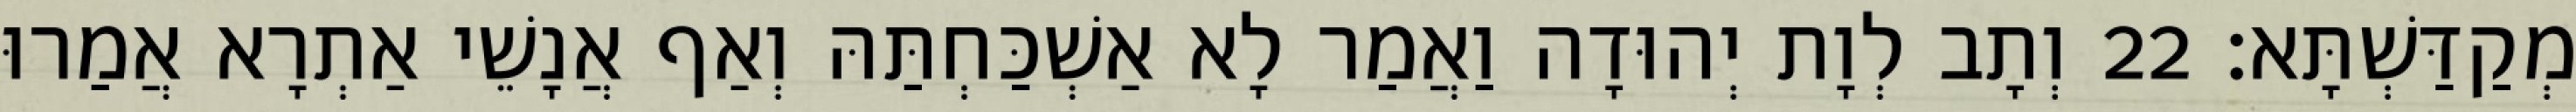
מְקַדַּשְׁתָּא׃ 22 וְתָב לְוָת יְהוּדָה וַאֲמַר לָא אַשְׁכַּחְתַּהּ וְאַף אֲנָשֵׁי אַתְרָא אֲמַרוּ